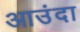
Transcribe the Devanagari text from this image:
आउंदा